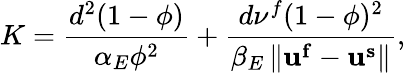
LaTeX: K=\frac{d^{2}(1-\phi)}{\alpha_{E}\phi^{2}}+\frac{d\nu^{f}(1-\phi)^{2}}{\beta_{E}\left\| \mathbf{u^{f}}-\mathbf{u^{s}}\right\| },